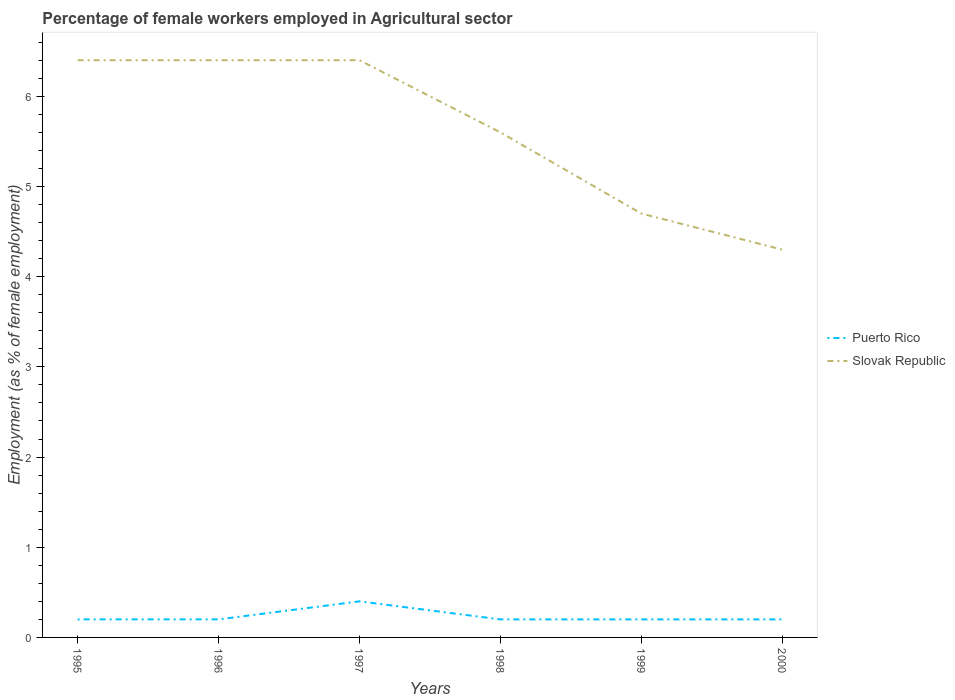
| Years | Puerto Rico | Slovak Republic |
 | --- | --- | --- |
 | 1995 | 0.2 | 6.4 |
 | 1996 | 0.2 | 6.4 |
 | 1997 | 0.4 | 6.4 |
 | 1998 | 0.2 | 5.6 |
 | 1999 | 0.2 | 4.7 |
 | 2000 | 0.2 | 4.3 |